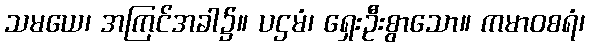
သမယေ၊ အကြင်အခါ၌။ ပဌမံ၊ ရှေးဦးစွာသော။ ကမာဝစရံ၊